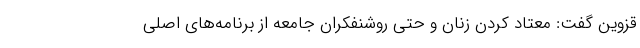
قزوین گفت: معتاد کردن زنان و حتی روشنفکران جامعه از برنامه‌های اصلی